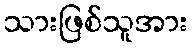
သားဖြစ်သူအား